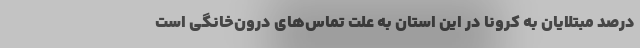
درصد مبتلایان به کرونا در این استان به علت تماس‌های درون‌خانگی است